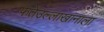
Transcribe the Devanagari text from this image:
फतेउल्लाखानाला